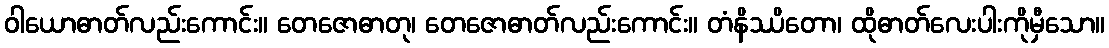
ဝါယောဓာတ်လည်းကောင်း။ တေဇောဓာတု၊ တေဇောဓာတ်လည်းကောင်း။ တံနိဿိတော၊ ထိုဓာတ်လေးပါးကိုမှီသော။